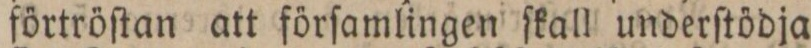
förtröſtan att förſamlingen ſkall underſtödja